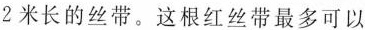
2米长的丝带。这根红丝带最多可以